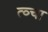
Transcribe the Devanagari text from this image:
त्व्चा